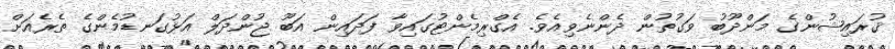
ޤުރައިޝުންގެ މަންދޫބު ވަގުތުން ދެންނެވިއެވެ. އެގްރިމެންޓުގައިވާ ފަދައިން އަބޫ ޖުންދަލް އަޅުގަނޑުމެންގެ ތެރެއަށް